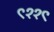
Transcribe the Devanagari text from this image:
९११९